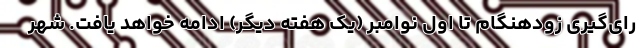
رای‌گیری زودهنگام تا اول نوامبر (یک هفته دیگر) ادامه خواهد یافت. شهر